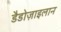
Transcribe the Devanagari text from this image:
डैडोज़ाइलान